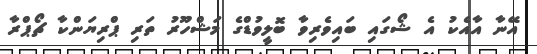
އޭނާ އާއެކު އެ ޝޯގައި ބައިވެރިވާ ބޮޮލީވުޑްގެ މަޝްހޫރު ތަރި ޕްރިޔަންކާ ޗޯޕްރާ